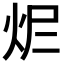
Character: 𤆾